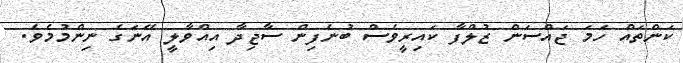
ކަންތައް ހަމަ ޖައްސަން ޒުލްފާ ކައިރީވެސް ބުނެފިން ސާޖިދާ އިއްވާލީ އޭނަގެ ނިންމުމެވެ.